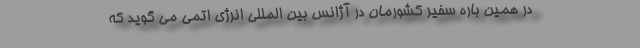
در همین باره سفیر کشورمان در آژانس بین المللی انرژی اتمی می گوید که